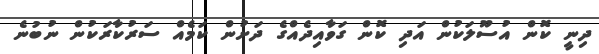
ދިނީ ކޮން އުސޫލަކުން އަދި ކޮން ގަވާއިދެއްގެ ދަށުން ކަމެއް ސަރުކާރަކުން ނުބުނެ